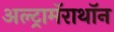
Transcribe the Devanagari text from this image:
अल्ट्रामॅराथॉन